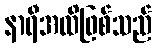
နာရီအထိဖြစ်သည်